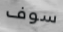
سوف